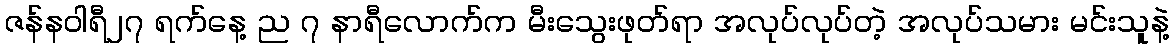
ဇန်နဝါရီ၂၇ ရက်နေ့ ည ၇ နာရီလောက်က မီးသွေးဖုတ်ရာ အလုပ်လုပ်တဲ့ အလုပ်သမား မင်းသူနဲ့